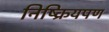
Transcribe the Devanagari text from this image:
निष्क्रियपण